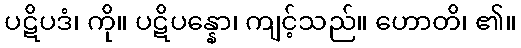
ပဋိပဒံ၊ ကို။ ပဋိပန္နော၊ ကျင့်သည်။ ဟောတိ၊ ၏။